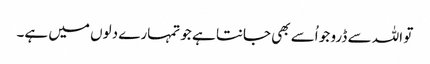
تو اللہ سے ڈرو جو اُسے بھی جانتا ہے جو تمہارے دلوں میں ہے۔